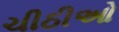
ચીઠીઓ